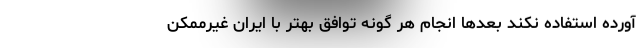
آورده استفاده نکند بعدها انجام هر گونه توافق بهتر با ایران غیرممکن